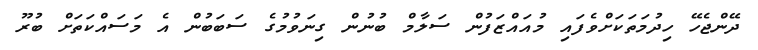
ދޭންޖެހޭ ހިދުމަތަކަށްވެފައި މުއައްޒަފުން ސަލާމް ބުނުން ގިނަވުމުގެ ސަބަބުން އެ މަަސައްކަތަށް ބުރޫ